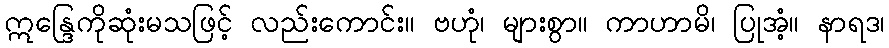
ဣန္ဒြေကိုဆုံးမသဖြင့် လည်းကောင်း။ ဗဟုံ၊ များစွာ။ ကာဟာမိ၊ ပြုအံ့။ နာရဒ၊